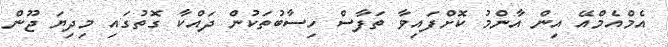
އެމްއެމްއޭ އިން އާންމު ކޮށްފައިވާ ތަފާސް ހިސާބުތަކުން ދައްކާ ގޮތުގައި މިދިޔަ ޖޫން